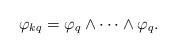
LaTeX: \begin{align*} \varphi_{kq} = \varphi_{q} \wedge \cdots \wedge \varphi_{q}.\end{align*}